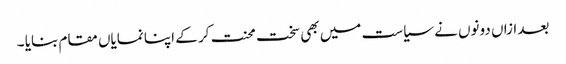
بعد ازاں دونوں نے سیاست میں بھی سخت محنت کر کے اپنا نمایاں مقام بنایا ۔